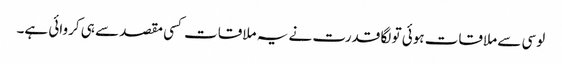
لوسی سے ملاقات ہوئی تو لگا قدرت نے یہ ملاقات کسی مقصد سے ہی کروائی ہے۔